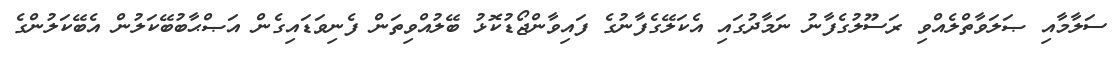
ސަލާމާއި ޞަލަވާތްލެއްވި ރަސޫލުގެފާނު ނަމާދުގައި އެކަލޭގެފާނުގެ ފައިވާންޖޯޑުކޮޅު ބޭލުއްވިތަން ފެނިވަޑައިގެން އަޞްޙާބުބޭކަލުން އެބޭކަލުންގެ